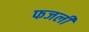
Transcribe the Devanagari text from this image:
फजली